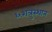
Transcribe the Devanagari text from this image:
६शत्रुस्थान